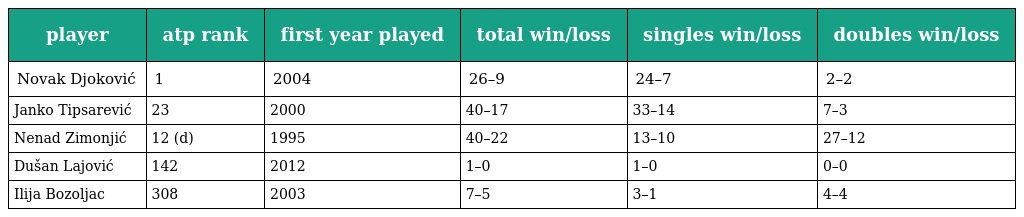
| player | atp rank | first year played | total win/loss | singles win/loss | doubles win/loss |
 | --- | --- | --- | --- | --- | --- |
 | Novak Djoković | 1 | 2004 | 26–9 | 24–7 | 2–2 |
 | Janko Tipsarević | 23 | 2000 | 40–17 | 33–14 | 7–3 |
 | Nenad Zimonjić | 12 (d) | 1995 | 40–22 | 13–10 | 27–12 |
 | Dušan Lajović | 142 | 2012 | 1–0 | 1–0 | 0–0 |
 | Ilija Bozoljac | 308 | 2003 | 7–5 | 3–1 | 4–4 |